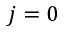
j = 0